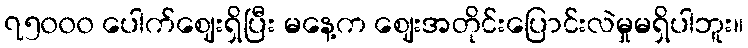
၇၅၀၀၀ ပေါက်ဈေးရှိပြီး မနေ့က ဈေးအတိုင်းပြောင်းလဲမှုမရှိပါဘူး။